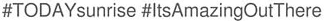
#TODAYsunrise #ItsAmazingOutThere